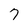
Character: 7